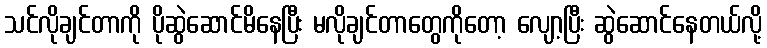
သင်လိုချင်တာကို ပိုဆွဲဆောင်မိနေပြီး မလိုချင်တာတွေကိုတော့ လျော့ပြီး ဆွဲဆောင်နေတယ်လို့